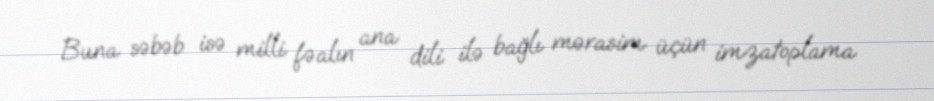
Buna səbəb isə milli fəalın ana dili ilə bağlı mərasim üçün imzatoplama